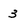
Character: 3